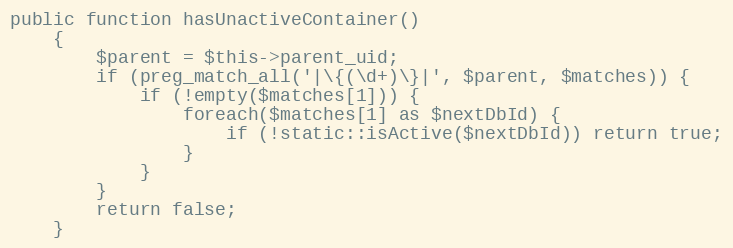
Language: PHP
public function hasUnactiveContainer()
    {
        $parent = $this->parent_uid;
        if (preg_match_all('|\{(\d+)\}|', $parent, $matches)) {
            if (!empty($matches[1])) {
                foreach($matches[1] as $nextDbId) {
                    if (!static::isActive($nextDbId)) return true;
                }
            }
        }
        return false;
    }